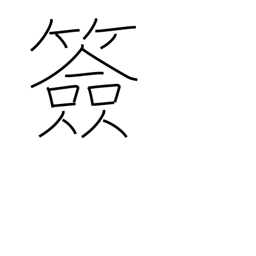
Meaning: signature